Problem: 85 + 52 = ?
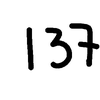
Handwritten answer: 137